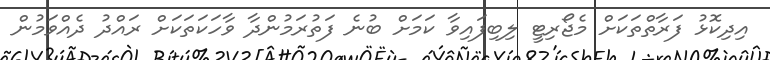
އިދިކޮޅު ފަރާތްތަކަށް މެޖޯރިޓީ ލިބިފައިވާ ކަމަށް ބުނެ ފަތުރަމުންދާ ވާހަކަތަކަށް ރައްދު ދެއްވަމުން